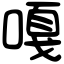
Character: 嘎